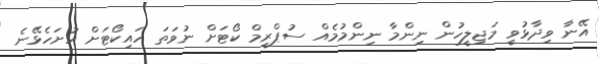
އޭނާ ވިދާޅުވީ މަޖިލީހުން ނިންމާ ނިންމުމެއް ސުޕްރީމް ކޯޓަށް ނުވަތަ ހައިކޯޓަށް ހުށަހެޅޭނެ